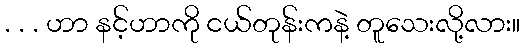
. . . ဟာ နင့်ဟာကို ငယ်တုန်းကနဲ့ တူသေးလို့လား။